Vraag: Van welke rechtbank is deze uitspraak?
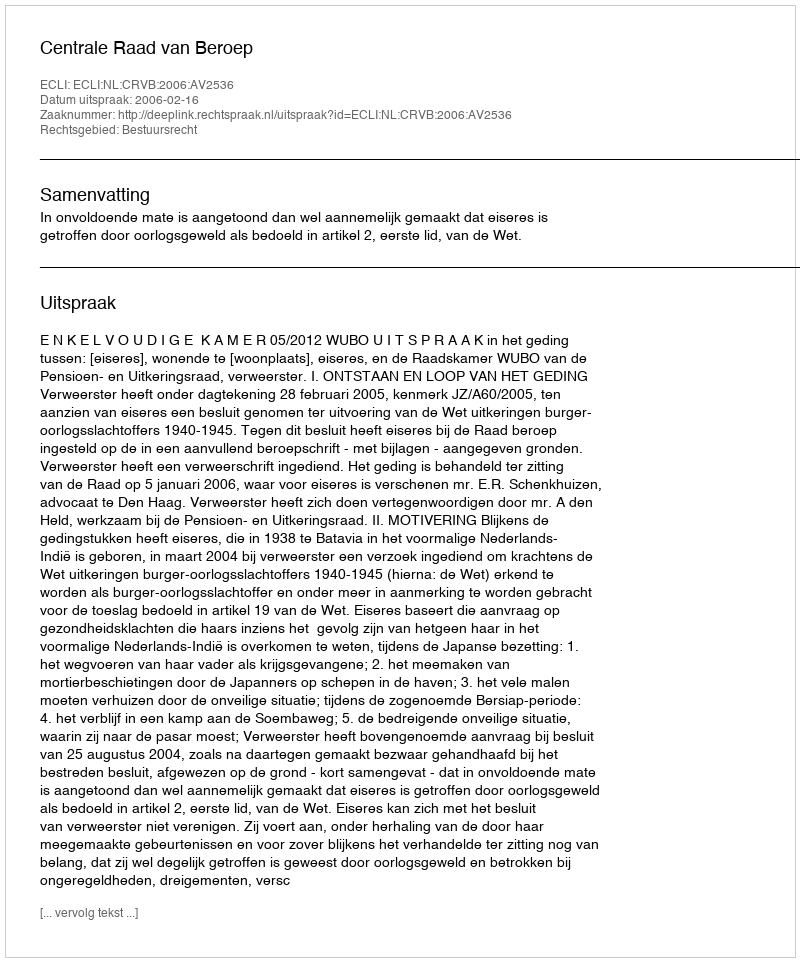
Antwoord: Centrale Raad van Beroep